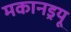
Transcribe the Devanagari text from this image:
मकानड्रयू